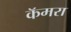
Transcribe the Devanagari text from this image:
कॅमरा